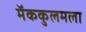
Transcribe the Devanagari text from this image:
मॅककुलमला